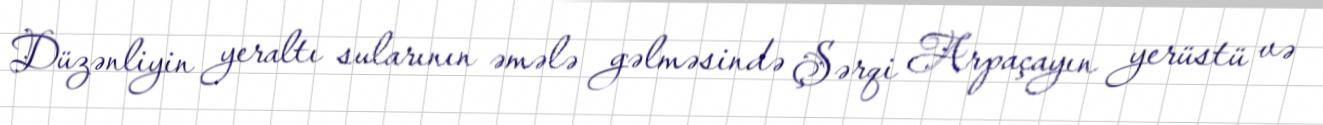
Düzənliyin yeraltı sularının əmələ gəlməsində Şərqi Arpaçayın yerüstü və